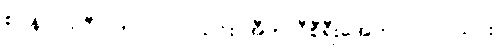
စပိန်လာလီဂါကလပ်(၂)သင်း၊ အီတလီစီရီးအေကလပ်(၂)သင်း၊